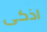
اذكى